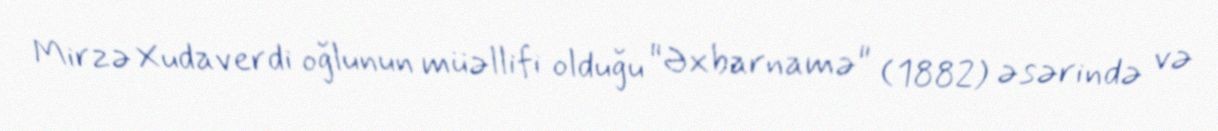
Mirzə Xudaverdi oğlunun müəllifi olduğu "Əxbarnamə" (1882) əsərində və